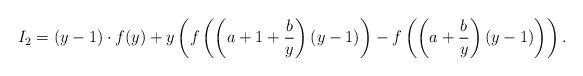
LaTeX: \begin{align*} I_2= (y-1) \cdot f(y)+ y \left( f\left(\left(a+1+\frac{b}{y}\right)(y-1)\right)-f\left(\left(a+\frac{b}{y}\right)(y-1)\right) \right).\\\end{align*}